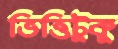
ভিত্তিটুকু